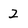
Character: 2